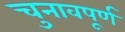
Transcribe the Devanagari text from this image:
चुनावपूर्ण